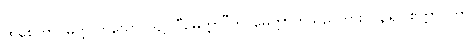
ထိုစေတာဝိမုတ္တိ ဟူသောပုဒ်၌။ “မေတ္တာ”တိ၊ မေတ္တာဟူသည်ကား။ (၃ရ) ဧတ္တာဝတာ၊